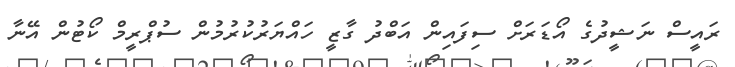
ރައީސް ނަޝީދުގެ އޯޑަރަށް ސިފައިން އަބްދު ގާޒީ ހައްޔަރުކުރުމުން ސުޕްރީމް ކޯޓުން އޭނާ